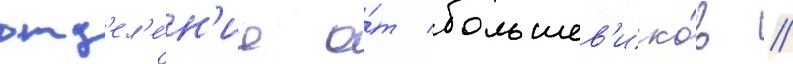
отд'ел'е́н'ие о́т большев'ико́в //